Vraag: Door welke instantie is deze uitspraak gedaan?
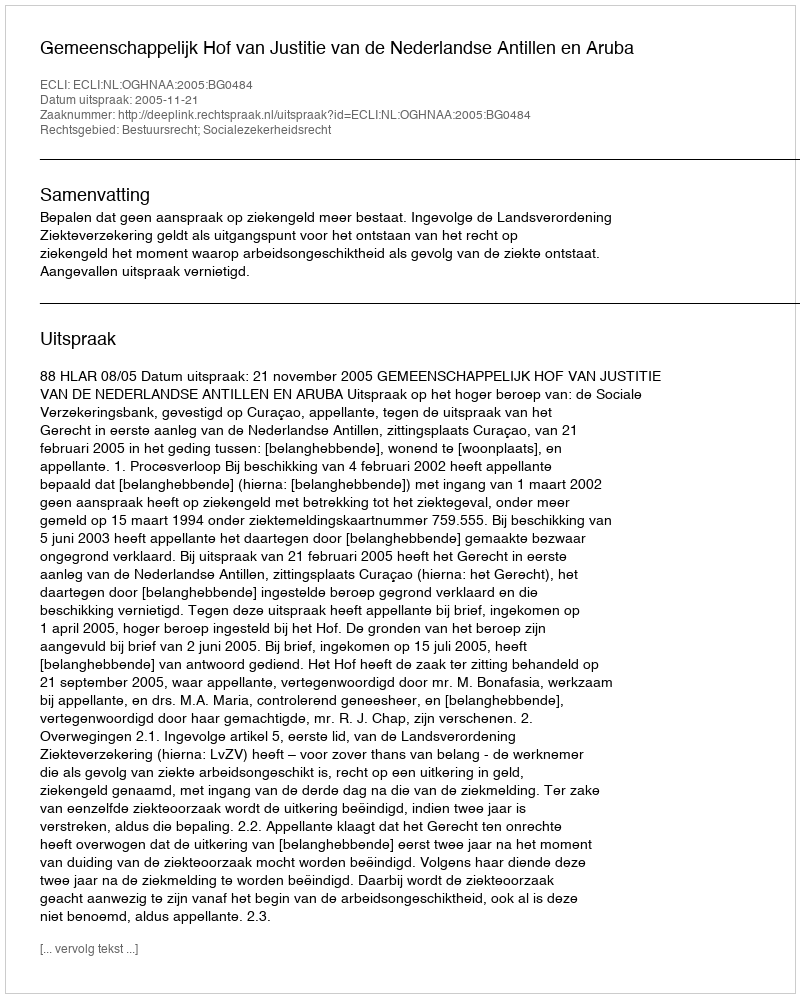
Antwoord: Gemeenschappelijk Hof van Justitie van de Nederlandse Antillen en Aruba